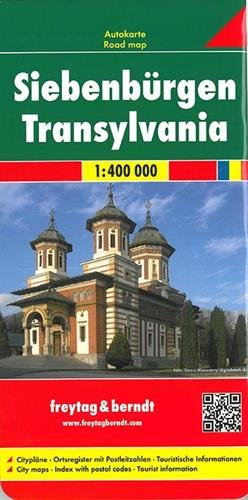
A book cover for Transylvania; Freytag-Berndt und Artaria; Travel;